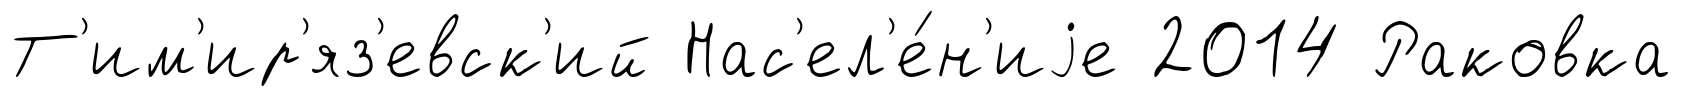
Т'им'ир'яз'евск'ий Нас'ел'е́н'иjе 2014 Раковка